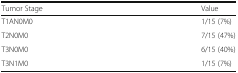
<table><thead><tr><td><b>Tumor Stage</b></td><td><b>Value</b></td></tr></thead><tbody><tr><td>T1AN0M0</td><td>1/15 (7%)</td></tr><tr><td>T2N0M0</td><td>7/15 (47%)</td></tr><tr><td>T3N0M0</td><td>6/15 (40%)</td></tr><tr><td>T3N1M0</td><td>1/15 (7%)</td></tr></tbody></table>